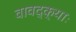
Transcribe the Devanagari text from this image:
वावद्क्याः